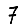
Digit: 7